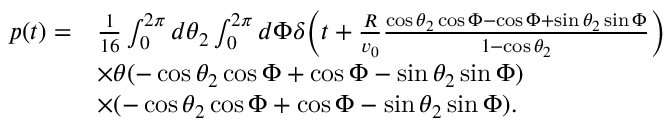
\begin{array} { r l } { p ( t ) = } & { \frac { 1 } { 1 6 } \int _ { 0 } ^ { 2 \pi } d \theta _ { 2 } \int _ { 0 } ^ { 2 \pi } d \Phi \delta \bigg ( t + \frac { R } { v _ { 0 } } \frac { \cos \theta _ { 2 } \cos \Phi - \cos \Phi + \sin \theta _ { 2 } \sin \Phi } { 1 - \cos \theta _ { 2 } } \bigg ) } \\ & { \times \theta ( - \cos \theta _ { 2 } \cos \Phi + \cos \Phi - \sin \theta _ { 2 } \sin \Phi ) } \\ & { \times ( - \cos \theta _ { 2 } \cos \Phi + \cos \Phi - \sin \theta _ { 2 } \sin \Phi ) . } \end{array}